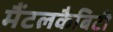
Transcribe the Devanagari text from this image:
मैंटलकैबिटी